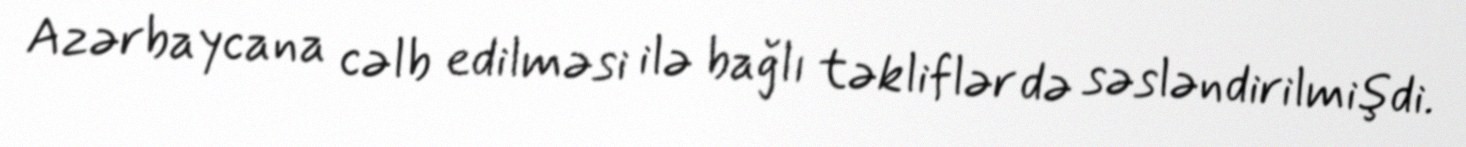
Azərbaycana cəlb edilməsi ilə bağlı təkliflər də səsləndirilmişdi.